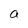
Character: t